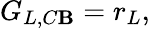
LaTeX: G_{L,C\mathbf{B}}=r_{L},